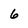
Character: 6